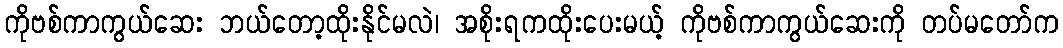
ကိုဗစ်ကာကွယ်ဆေး ဘယ်တော့ထိုးနိုင်မလဲ၊ အစိုးရကထိုးပေးမယ့် ကိုဗစ်ကာကွယ်ဆေးကို တပ်မတော်က